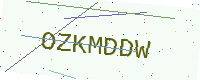
Text: OZKMDDW